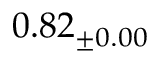
0 . 8 2 _ { \pm 0 . 0 0 }